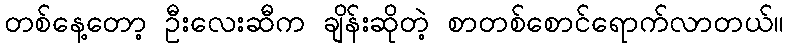
တစ်နေ့တော့ ဦးလေးဆီက ချိန်းဆိုတဲ့ စာတစ်စောင်ရောက်လာတယ်။